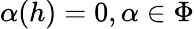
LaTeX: \alpha(h)=0,\alpha\in\Phi